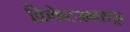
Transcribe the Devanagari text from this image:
क्रिकेटजगतातून